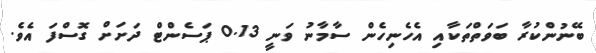
ބޭނުންކުރާ ބަވަތްތަކާއި އެހެނިހެން ސާމާނު ވަނީ 0.13 ޕަސެންޓް ދަށަށް ގޮސްފަ އެވެ.